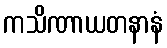
ကသိဏာယတနာနံ